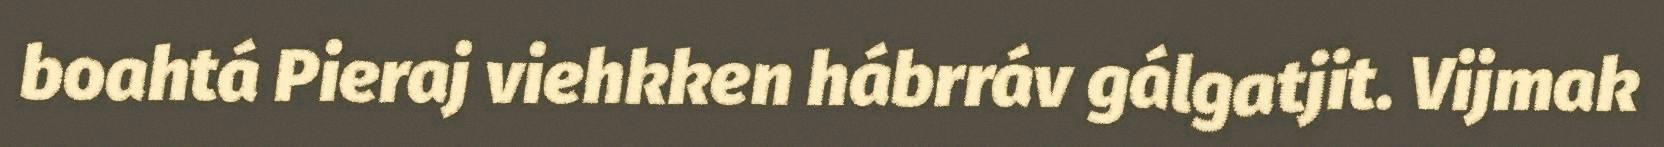
boahtá Pieraj viehkken hábrráv gálgatjit. Vijmak